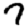
Digit: 7